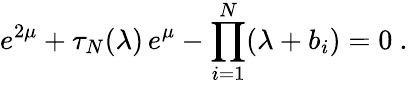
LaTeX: e^{2\mu}+\tau_{N}(\lambda)\, e^{\mu}-\prod_{i=1}^{N}(\lambda+b_{i})=0~.